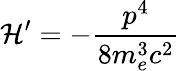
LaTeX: {\mathcal{H}}^{\prime}=-{\frac{p^{4}}{8m_{e}^{3}c^{2}}}